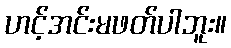
ဟင့်အင်းမဖတ်ပါဘူး။